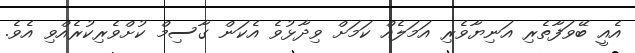
އެއީ ބޭވަފާތެރި އަނިޔާވެރި އަމަލެއް ކަމަށް ވިދާޅުވެ އެކަން ގާސިމް ކުށްވެރިކުރެއްވި އެވެ.